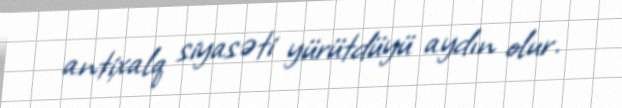
antixalq siyasəti yürütdüyü aydın olur.